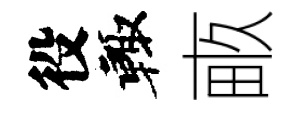
役輙畞